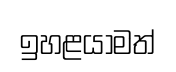
ඉහළයාමත්